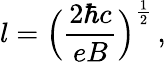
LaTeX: l=\Big({\frac{2\hbar c}{eB}}\Big)^{\frac{1}{2}}\, ,